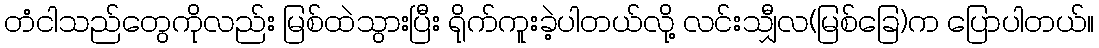
တံငါသည်တွေကိုလည်း မြစ်ထဲသွားပြီး ရိုက်ကူးခဲ့ပါတယ်လို့ လင်းသျှီလ(မြစ်ခြေ)က ပြောပါတယ်။